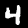
Digit: 4